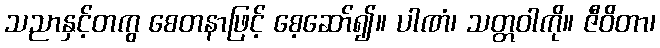
သညာနှင့်တကွ စေတနာဖြင့် စေ့ဆော်၍။ ပါဏံ၊ သတ္တဝါကို။ ဇီဝိတာ၊